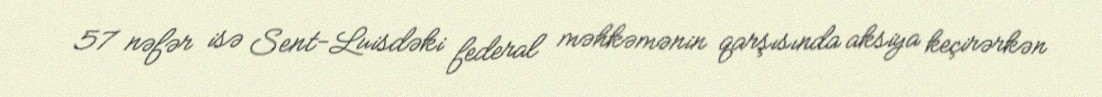
57 nəfər isə Sent-Luisdəki federal məhkəmənin qarşısında aksiya keçirərkən